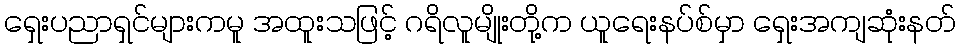
ရှေးပညာရှင်များကမူ အထူးသဖြင့် ဂရိလူမျိုးတို့က ယူရေးနပ်စ်မှာ ရှေးအကျဆုံးနတ်